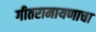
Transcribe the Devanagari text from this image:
गीतरामायणाचा